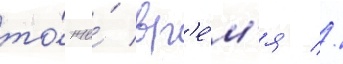
то́ же́ вр'е́м'я //